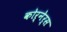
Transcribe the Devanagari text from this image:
कोर्नेर्स